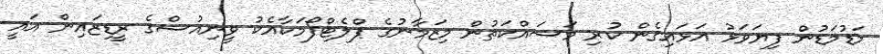
މަޑުމަޑުން ފިޔަވަޅު އަޅައިގެން ކުރި މަސައްކަތުން މިޒަމާނުގެ ޕްލެޓްފޯމަކާއެކު ވީނިއުސްގެ ރީޑިޒައިން އައީ